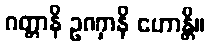
ဂတ္တာနိ ဥဏှာနိ ဟောန္တိ။